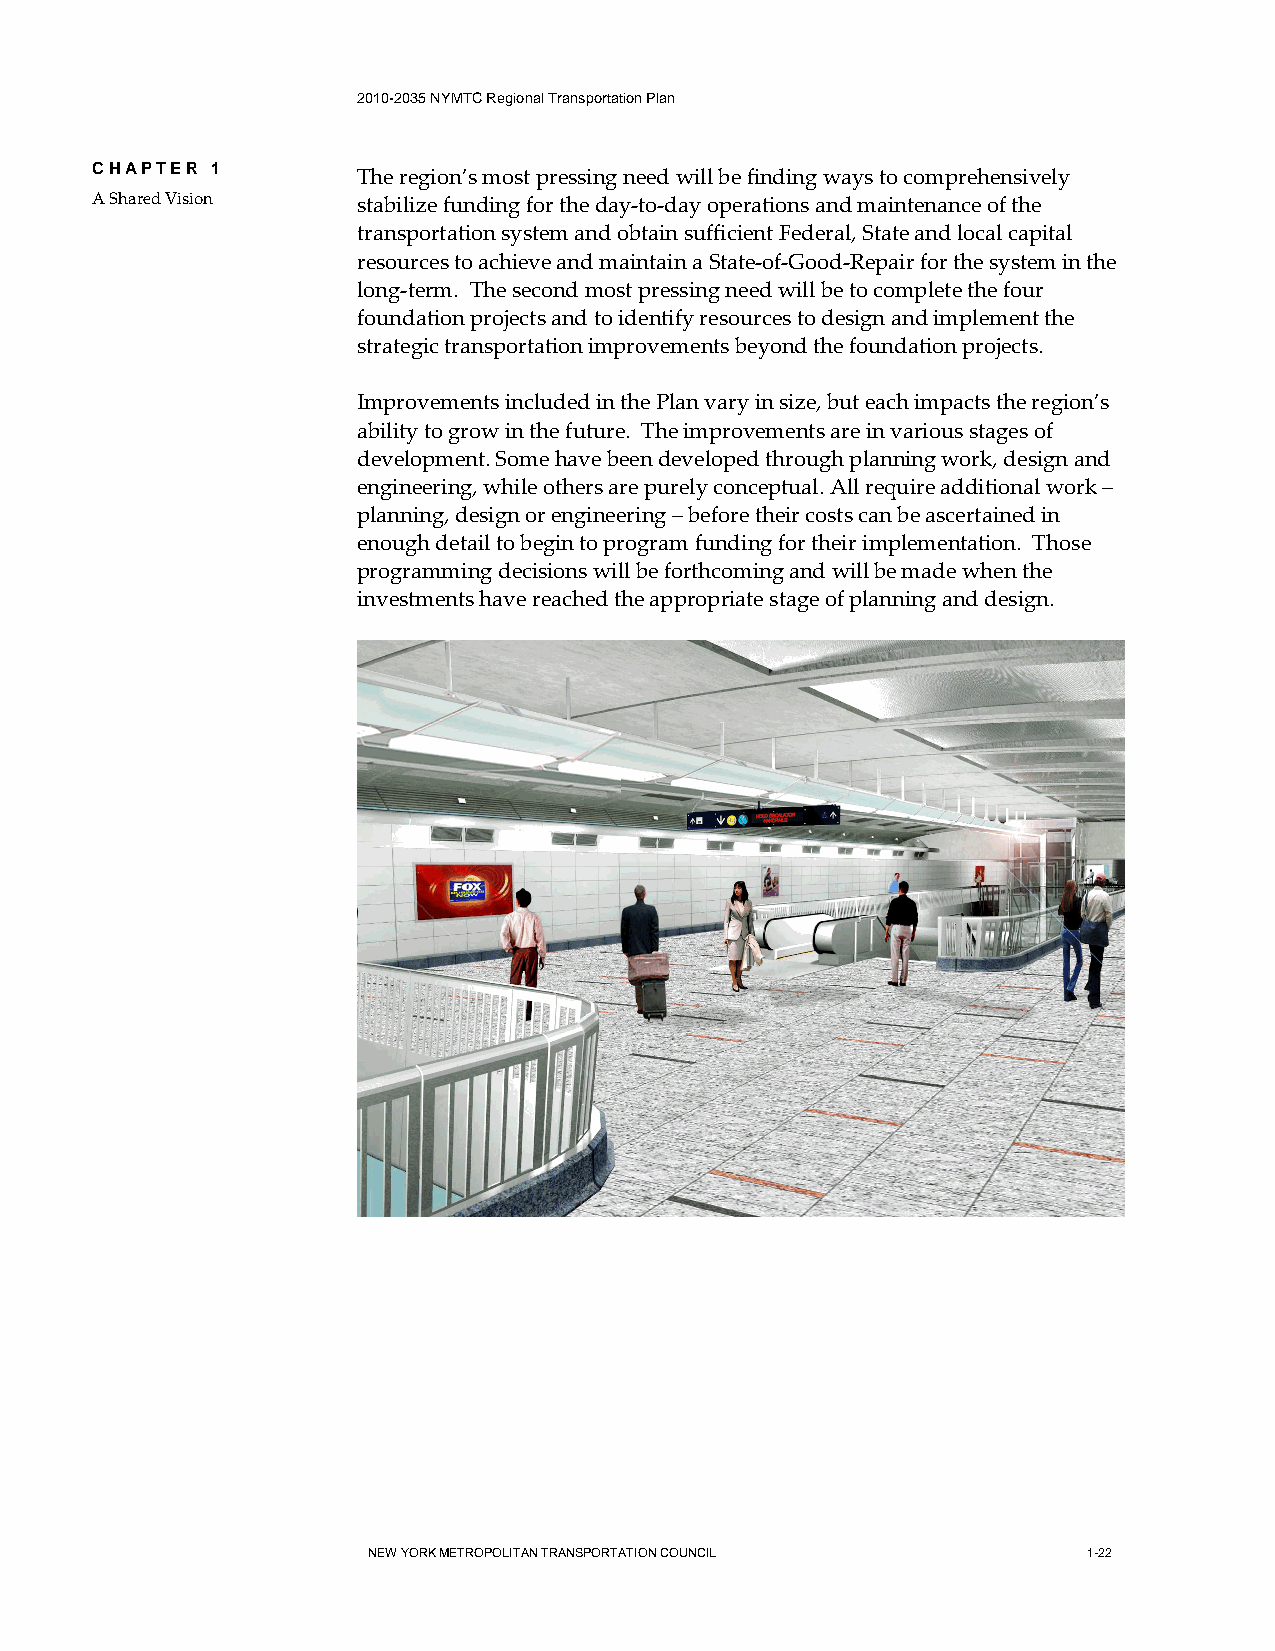
2010-2035 NYMTC Regional Transportation Plan
 CHAPTER 1
 The region’s most pressing need will be finding ways to comprehensively
 A Shared Vision   stabilize funding for the day-to-day operations and maintenance of the
 transportation system and obtain sufficient Federal, State and local capital
 resources to achieve and maintain a State-of-Good-Repair for the system in the
 long-term. The second most pressing need will be to complete the four
 foundation projects and to identify resources to design and implement the
 strategic transportation improvements beyond the foundation projects.
 Improvements included in the Plan vary in size, but each impacts the region’s
 ability to grow in the future. The improvements are in various stages of
 development. Some have been developed through planning work, design and
 engineering, while others are purely conceptual. All require additional work –
 planning, design or engineering – before their costs can be ascertained in
 enough detail to begin to program funding for their implementation. Those
 programming decisions will be forthcoming and will be made when the
 investments have reached the appropriate stage of planning and design.
 NEW YORK METROPOLITAN TRANSPORTATION COUNCIL    1-22